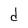
Character: d